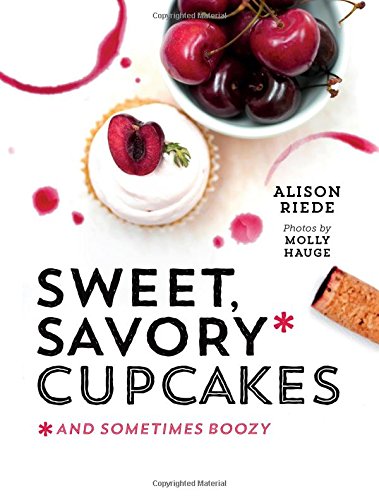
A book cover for Sweet, Savory, and Sometimes Boozy Cupcakes; Alison Riede; Cookbooks, Food & Wine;